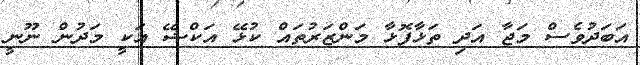
އަބަދުވެސް މަޖާ އަދި ތަޅާފޮޅާ މަންޒަރުތައް ކުޅޭ އަކްޝޭ އަކީ މަދުން ނޫނީ